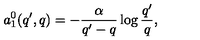
a _ { 1 } ^ { 0 } ( q ^ { \prime } , q ) = - \frac { \alpha } { q ^ { \prime } - q } \log \frac { q ^ { \prime } } { q } ,